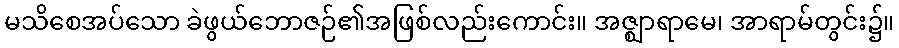
မသိစေအပ်သော ခဲဖွယ်ဘောဇဉ်၏အဖြစ်လည်းကောင်း။ အဇ္ဈာရာမေ၊ အာရာမ်တွင်း၌။